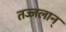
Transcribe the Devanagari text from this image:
तज्जलान्